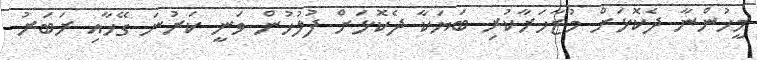
މީހުންނާ ދެކޮޅަށް މުޒާހަރާކުރި ބަޔަކާ ދެކޮޅަށް ފުލުހުން ވަނީ ކަރުނަ ގޭހާއި ރަބަރު